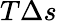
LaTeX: T\Delta s